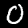
Digit: 0